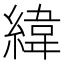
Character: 緯